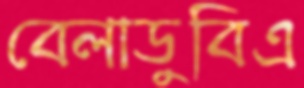
বেলাডুবিএ